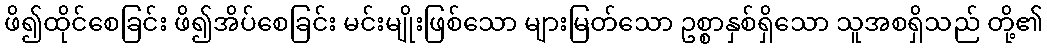
ဖိ၍ထိုင်စေခြင်း ဖိ၍အိပ်စေခြင်း မင်းမျိုးဖြစ်သော များမြတ်သော ဥစ္စာနှစ်ရှိသော သူအစရှိသည် တို့၏